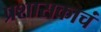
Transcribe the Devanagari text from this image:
प्रशासकाचं